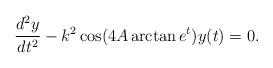
LaTeX: \begin{align*}\frac{d^2y}{d t^2}-k^2\cos(4A\arctan e^t)y(t)=0.\end{align*}